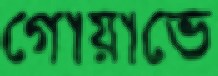
গোয়াভে